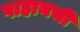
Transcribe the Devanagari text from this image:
पाहायची